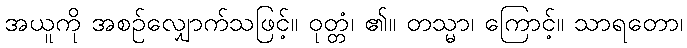
အယူကို အစဉ်လျှောက်သဖြင့်။ ဝုတ္တံ၊ ၏။ တသ္မာ၊ ကြောင့်။ သာရတော၊